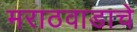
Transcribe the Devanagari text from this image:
मराठवाडाचे